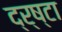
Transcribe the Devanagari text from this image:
द्र्ष्टा